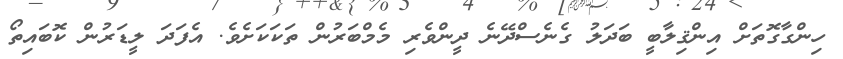
ހިންގާގޮތަށް އިންޤިލާބީ ބަދަލު ގެނެސްދޭނެ ދީންވެރި މެމްބަރުން ތަކަކަށެވެ. އެފަދަ ލީޑަރުން ކޮބައިތޯ